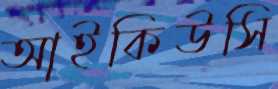
আইকিউসি